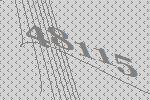
48115